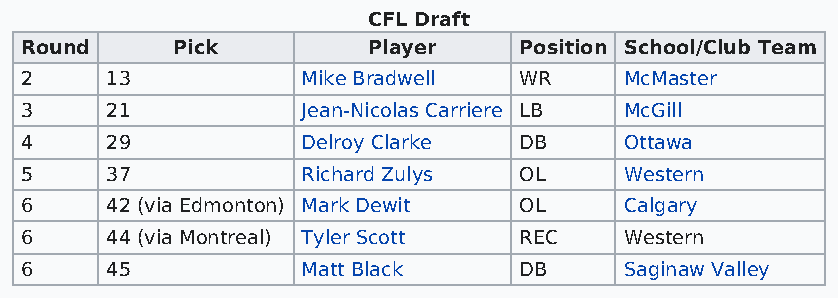
CFL Draft
 Round     Pick         Player    Position School/Club Team
 2     13           Mike Bradwell WR     McMaster
 3     21           Jean-Nicolas Carriere LB McGill
 4     29           Delroy Clarke DB     Ottawa
 5     37           Richard Zulys OL     Western
 6     42 (via Edmonton) Mark Dewit OL   Calgary
 6     44 (via Montreal) Tyler Scott REC Western
 6     45           Matt Black    DB     Saginaw Valley